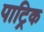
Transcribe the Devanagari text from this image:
पाट्रिक